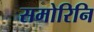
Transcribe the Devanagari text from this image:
समोरिनि